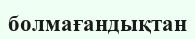
болмағандықтан